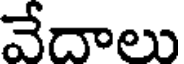
వేదాలు